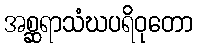
အစ္ဆရာသံဃပရိဝုတော